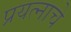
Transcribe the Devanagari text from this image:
प्रयत्नाचे